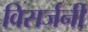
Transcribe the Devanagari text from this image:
विसर्जनी